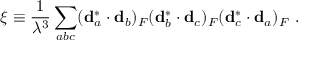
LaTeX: \xi \equiv \frac { 1 } { \lambda ^ { 3 } } \sum _ { a b c } ( { \bf d } _ { a } ^ { * } \cdot { \bf d } _ { b } ) _ { F } ( { \bf d } _ { b } ^ { * } \cdot { \bf d } _ { c } ) _ { F } ( { \bf d } _ { c } ^ { * } \cdot { \bf d } _ { a } ) _ { F } \ .